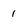
Character: 1